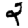
Digit: 2